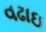
વઢાઇ